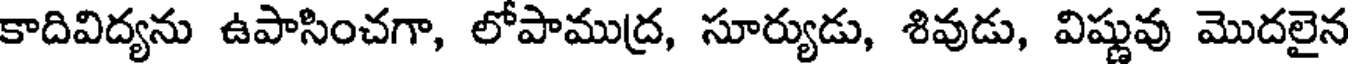
కాదివిద్యను ఉపాసించగా, లోపాముద్ర, సూర్యుడు, శివుడు, విష్ణువు మొదలైన